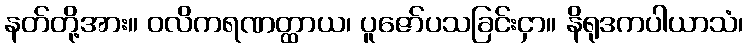
နတ်တို့အား။ ဝလိကရဏတ္ထာယ၊ ပူဇော်ပသခြင်းငှာ။ နိရုဒကပါယာသံ၊